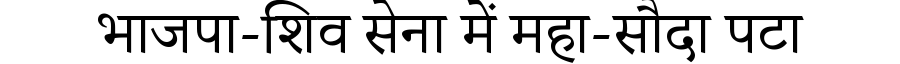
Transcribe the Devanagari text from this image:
भाजपा-शिव सेना में महा-सौदा पटा